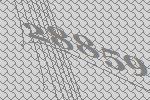
28859